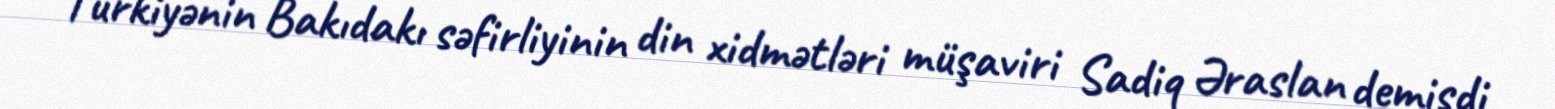
Türkiyənin Bakıdakı səfirliyinin din xidmətləri müşaviri Sadiq Əraslan demişdi